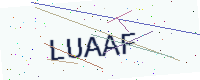
Text: LUAAF